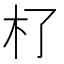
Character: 𣎸